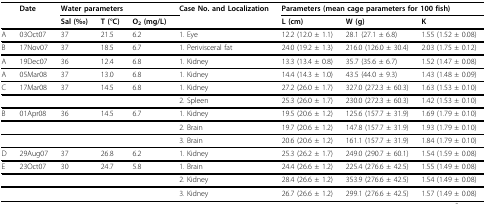
<table><thead><tr><td></td><td><b>Date</b></td><td colspan="3"><b>Water parameters</b></td><td><b>Case No. and Localization</b></td><td colspan="3"><b>Parameters (mean cage parameters for 100 fish)</b></td></tr><tr><td></td><td></td><td><b>Sal (‰)</b></td><td><b>T (°C)</b></td><td><b>O<sub>2 </sub>(mg/L)</b></td><td></td><td><b>L (cm)</b></td><td><b>W (g)</b></td><td><b>K</b></td></tr></thead><tbody><tr><td>A</td><td>03Oct07</td><td>37</td><td>21.5</td><td>6.2</td><td>1. Eye</td><td>12.2 (12.0 ± 1.1)</td><td>28.1 (27.1 ± 6.8)</td><td>1.55 (1.52 ± 0.08)</td></tr><tr><td>B</td><td>17Nov07</td><td>37</td><td>18.5</td><td>6.7</td><td>1. Perivisceral fat</td><td>24.0 (19.2 ± 1.3)</td><td>216.0 (126.0 ± 30.4)</td><td>2.03 (1.75 ± 0.12)</td></tr><tr><td>A</td><td>19Dec07</td><td>36</td><td>12.4</td><td>6.8</td><td>1. Kidney</td><td>13.3 (13.4 ± 0.8)</td><td>35.7 (35.6 ± 6.7)</td><td>1.52 (1.47 ± 0.08)</td></tr><tr><td>A</td><td>05Mar08</td><td>37</td><td>13.0</td><td>6.8</td><td>1. Kidney</td><td>14.4 (14.3 ± 1.0)</td><td>43.5 (44.0 ± 9.3)</td><td>1.43 (1.48 ± 0.09)</td></tr><tr><td>C</td><td>17Mar08</td><td>37</td><td>14.5</td><td>6.8</td><td>1. Kidney</td><td>27.2 (26.0 ± 1.7)</td><td>327.0 (272.3 ± 60.3)</td><td>1.63 (1.53 ± 0.10)</td></tr><tr><td></td><td></td><td></td><td></td><td></td><td>2. Spleen</td><td>25.3 (26.0 ± 1.7)</td><td>230.0 (272.3 ± 60.3)</td><td>1.42 (1.53 ± 0.10)</td></tr><tr><td>B</td><td>01Apr08</td><td>36</td><td>14.5</td><td>6.7</td><td>1. Kidney</td><td>19.5 (20.6 ± 1.2)</td><td>125.6 (157.7 ± 31.9)</td><td>1.69 (1.79 ± 0.10)</td></tr><tr><td></td><td></td><td></td><td></td><td></td><td>2. Brain</td><td>19.7 (20.6 ± 1.2)</td><td>147.8 (157.7 ± 31.9)</td><td>1.93 (1.79 ± 0.10)</td></tr><tr><td></td><td></td><td></td><td></td><td></td><td>3. Brain</td><td>20.6 (20.6 ± 1.2)</td><td>161.1 (157.7 ± 31.9)</td><td>1.84 (1.79 ± 0.10)</td></tr><tr><td>D</td><td>29Aug07</td><td>37</td><td>26.8</td><td>6.2</td><td>1. Kidney</td><td>25.3 (26.2 ± 1.7)</td><td>249.0 (290.7 ± 60.1)</td><td>1.54 (1.59 ± 0.08)</td></tr><tr><td>E</td><td>23Oct07</td><td>30</td><td>24.7</td><td>5.8</td><td>1. Brain</td><td>24.4 (26.6 ± 1.2)</td><td>225.4 (276.6 ± 42.5)</td><td>1.55 (1.49 ± 0.08)</td></tr><tr><td></td><td></td><td></td><td></td><td></td><td>2. Kidney</td><td>28.4 (26.6 ± 1.2)</td><td>353.9 (276.6 ± 42.5)</td><td>1.54 (1.49 ± 0.08)</td></tr><tr><td></td><td></td><td></td><td></td><td></td><td>3. Kidney</td><td>26.7 (26.6 ± 1.2)</td><td>299.1 (276.6 ± 42.5)</td><td>1.57 (1.49 ± 0.08)</td></tr></tbody></table>